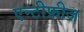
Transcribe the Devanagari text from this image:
एन्टीफ्रीज